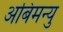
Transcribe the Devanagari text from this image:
अबिमन्यु